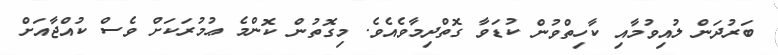
ބަރުދަން ލުއިވުމާއި ކާހިތްވުން ކުޑަވާ ގޮތްދިމާވެއެވެ. މިގޮތުން ކޮންމެ ޢުމުރަކަށް ވެސް ކުއްޖާއަށް